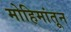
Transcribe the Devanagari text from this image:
मोहिमांतून